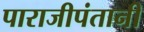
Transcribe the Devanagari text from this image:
पाराजीपंतानी